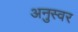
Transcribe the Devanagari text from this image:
अनुस्वर